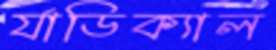
র‍্যাডিক্যাল